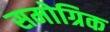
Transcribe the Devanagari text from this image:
समोग्रिक